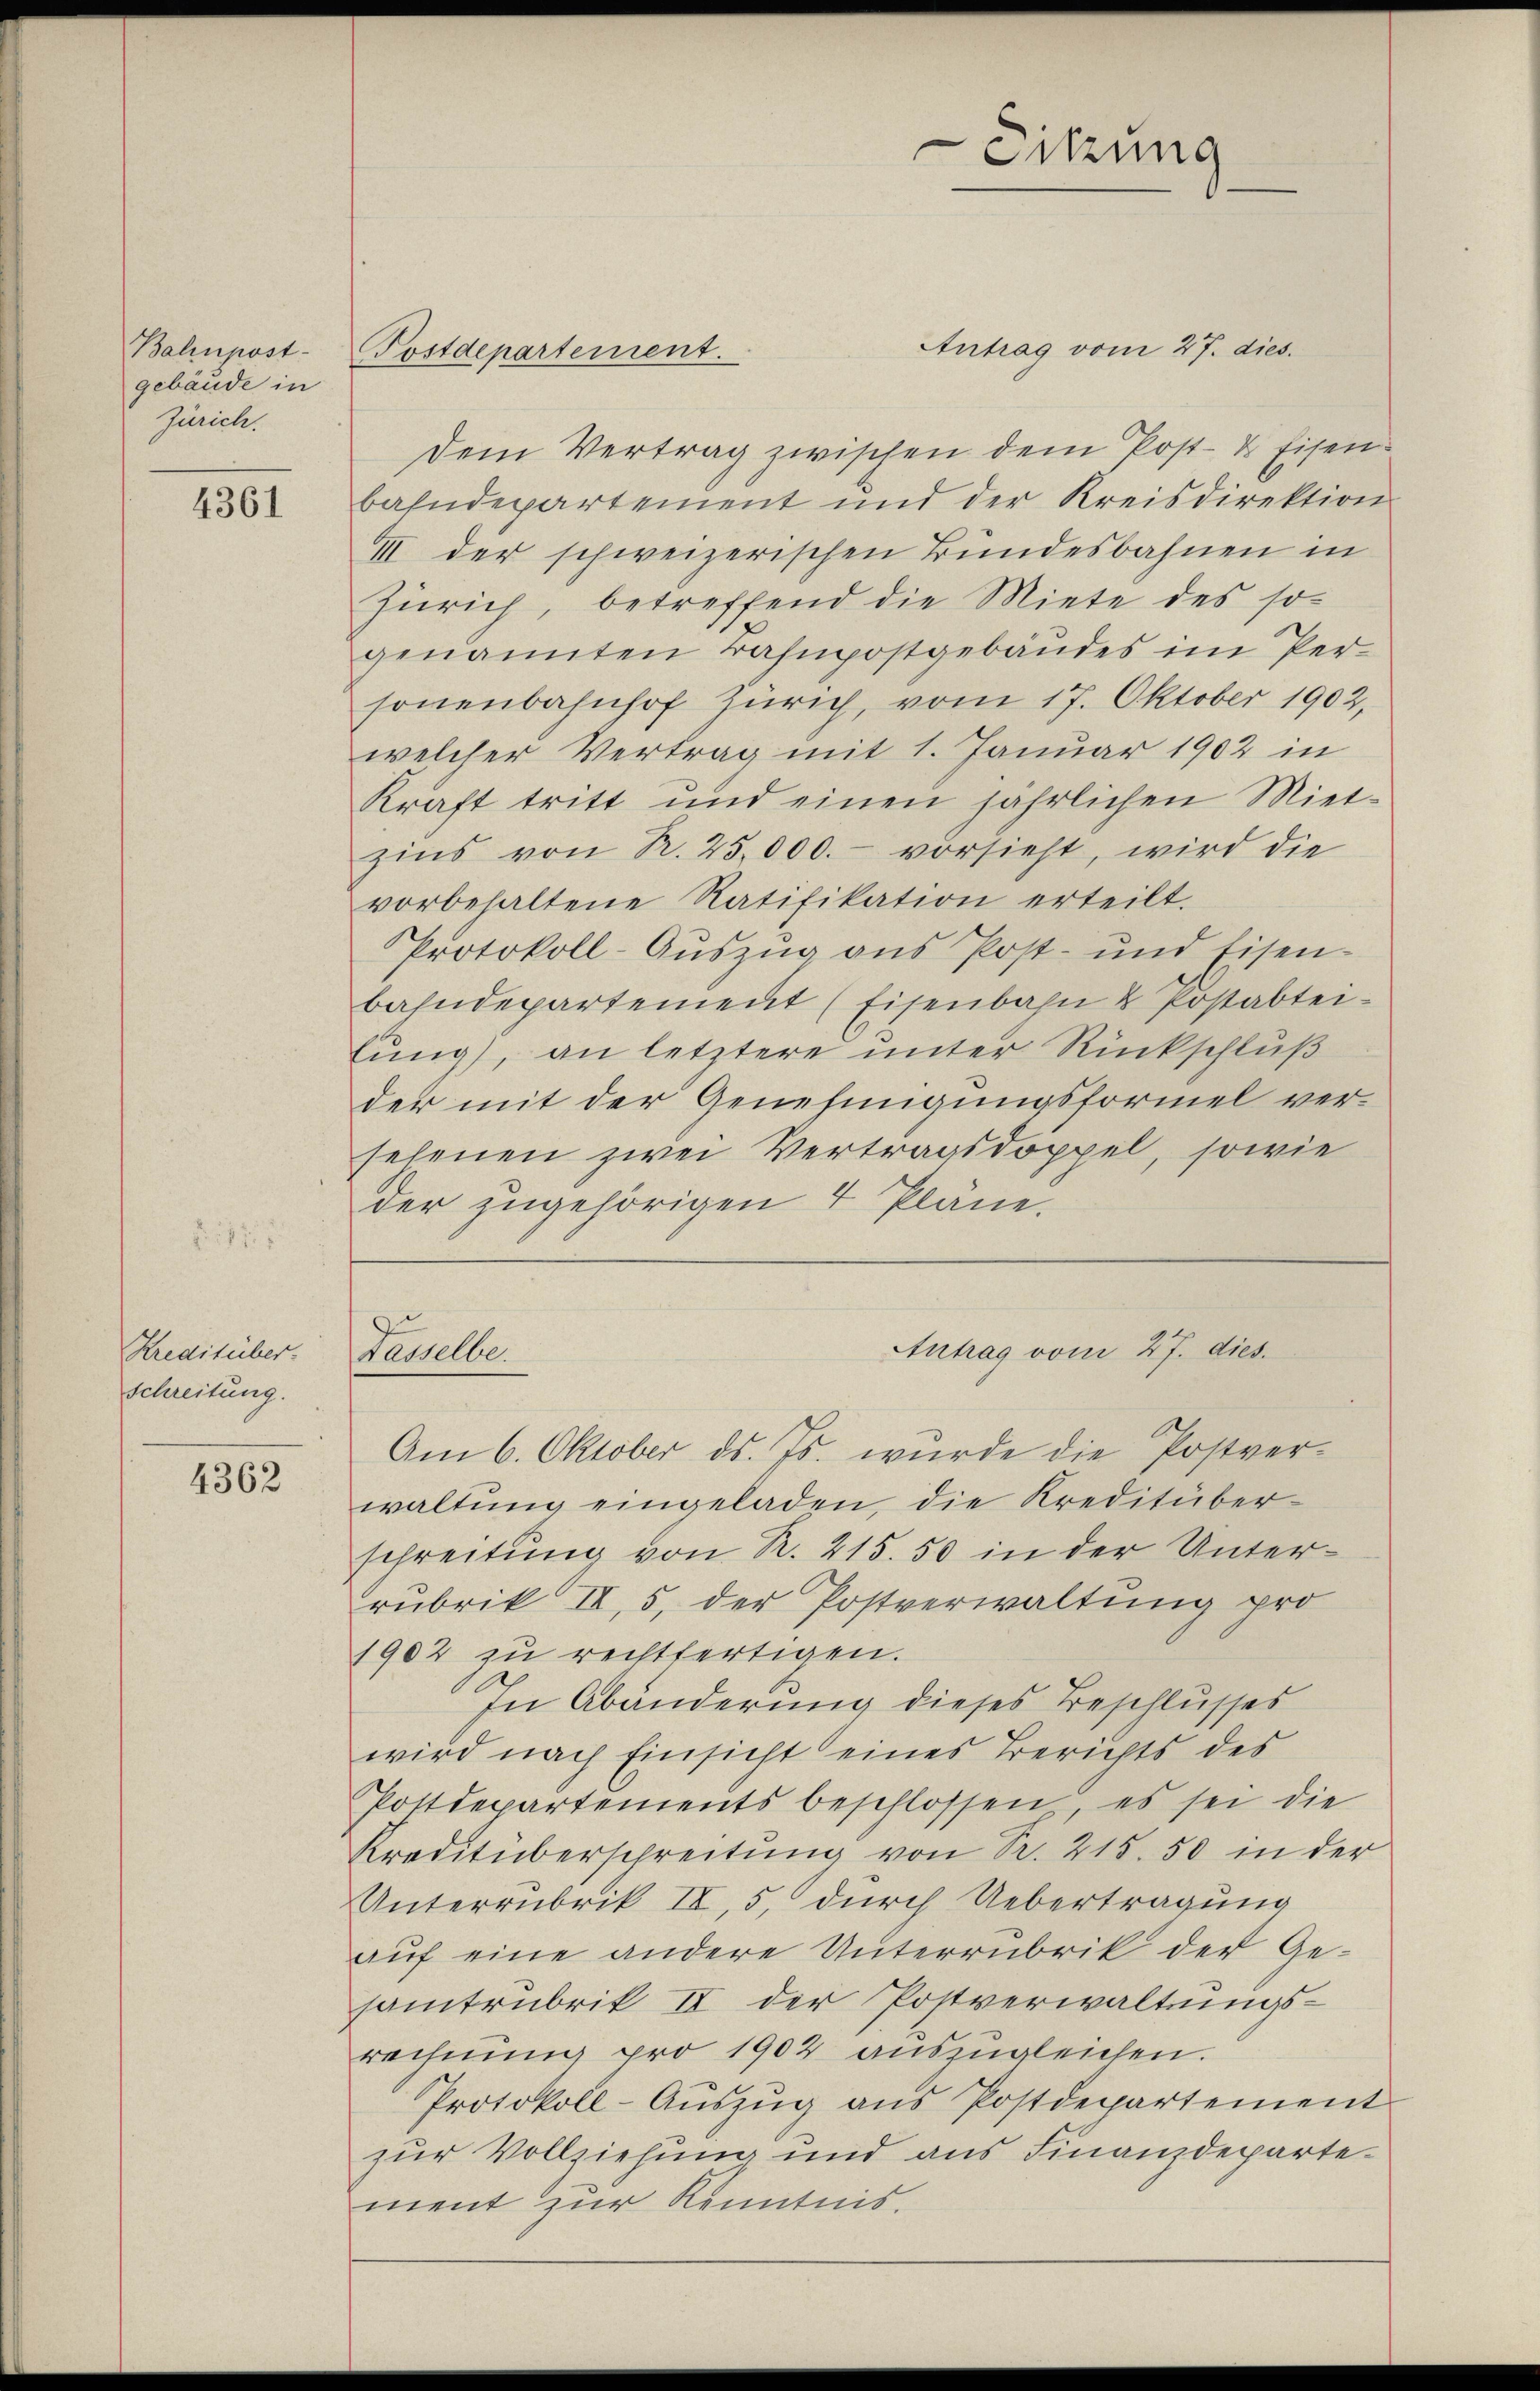
Balinpost-
gebäude in
Zürich.

4361

Kreditüber.
Schreitung.

4362

Antrag vom 27. dies.
dem Vertrag zwischen dem Post- & Eisenbahndepartement und der Kreisdirektion
II der schweizerischen Bundesbahnen in
Zürich, betreffend die Miete des so
genannten Bahnpostgebäudes im Per-
sonenbahnhof Zürich, vom 17. Oktober 1902,
welcher Vertrag mit 1. Januar 1902 in
Kraft tritt und einen jährlichen Miet-
zins von R. 25,000.- vorsieht, wird die
vorbehaltene Ratifikation erteilt.
Protokoll-Aŭszŭg ans Post- und Eisen-
bahndepartement (Eisenbahn u Postabtei-
lung), an letztere unter Rückschluß
der mit der Genehmigungsformel versehenen zwei Vertragsdoppel, sowie
der zugehörigen 4 Pläne.

Postdepartement.

Sitzung

Antrag vom 27. dies.
Fasselbe.

Am 6. Oktober ds. Js. wurde die Postverwaltung eingeladen, die Kreditüberschreitung von R. 215. 50 in der Unterrubrik II, 5, der Postverwaltung pro
1902 zu rechtfertigen.
In Abänderung dieses Beschlusses
wird nach Einsicht eines Berichts des
Postdepartements beschlossen, es sei die
Kreditüberschreitŭng von Sr. 215. 50 in der
Unterrubrik II, 5, durch Uebertragung
auf eine andere Unterrubrik der Gesamtrubrik II der Postverwaltungsrechnŭng pro 1902 aŭszŭgleichen.
Protokoll-Aŭszŭg ans Postdepartement
zur Vollziehung und aus Finanzdepartement zur Kenntnis.